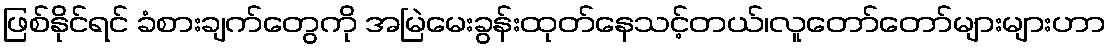
ဖြစ်နိုင်ရင် ခံစားချက်တွေကို အမြဲမေးခွန်းထုတ်နေသင့်တယ်၊လူတော်တော်များများဟာ